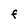
Character: F